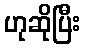
ဟုဆိုပြီး